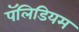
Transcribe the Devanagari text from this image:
पॅलिडियम